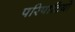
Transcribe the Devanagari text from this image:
परिपाटियो